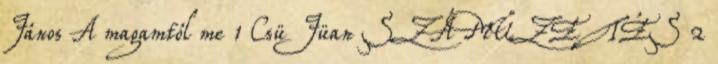
János A magamtól me 1 Csü Jüan SZÁMŰZETÉS 2